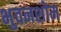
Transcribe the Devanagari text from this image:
भुवनशोम